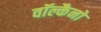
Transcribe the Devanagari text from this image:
वॉल्कैनो